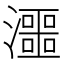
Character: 𱩽